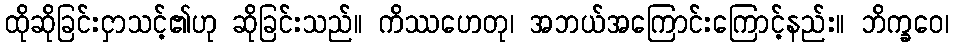
ထိုဆိုခြင်းငှာသင့်၏ဟု ဆိုခြင်းသည်။ ကိဿဟေတု၊ အဘယ်အကြောင်းကြောင့်နည်း။ ဘိက္ခဝေ၊